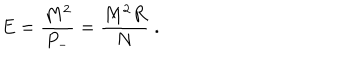
E = \frac { M ^ { 2 } } { P _ { - } } = \frac { M ^ { 2 } R } { N } \; .